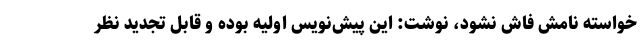
خواسته نامش فاش نشود، نوشت: این پیش‌نویس اولیه بوده و قابل تجدید نظر